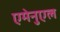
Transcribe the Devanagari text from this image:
एमेनुएल